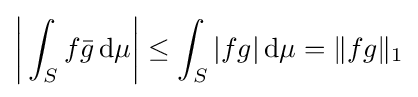
{\biggl |}\int _{S}f{\bar {g}}\,\mathrm {d} \mu {\biggr |}\leq \int _{S}|fg|\,\mathrm {d} \mu =\|fg\|_{1}